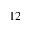
1 2